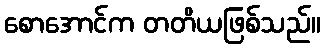
စောအောင်က တတိယဖြစ်သည်။